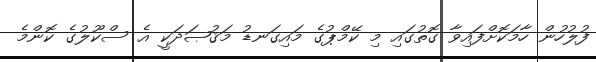
ފުލުހުން ހާމަކޮށްފައިވާ ގޮތުގައި މި ކޭމްޕުގެ މައިގަނޑު މަޤުޞަދަކީ އެ ސްކޫލުގެ ކޮންމެ